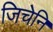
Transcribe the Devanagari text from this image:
जिचेनि